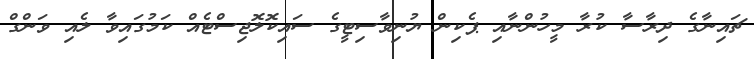
ޗައިނާގެ ދިރާސާ ކުރާ މީހުންނާއި ޕެކިން ޔުނިވާސިޓީގެ ސައިކޮލޮޖިސްޓެއް ކަމުގައިވާ ލެއި ވަންގް